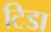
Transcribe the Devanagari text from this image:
टिडा